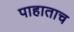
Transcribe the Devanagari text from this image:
पाहाताच